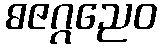
ဓဇဂ္ဂညေဝ